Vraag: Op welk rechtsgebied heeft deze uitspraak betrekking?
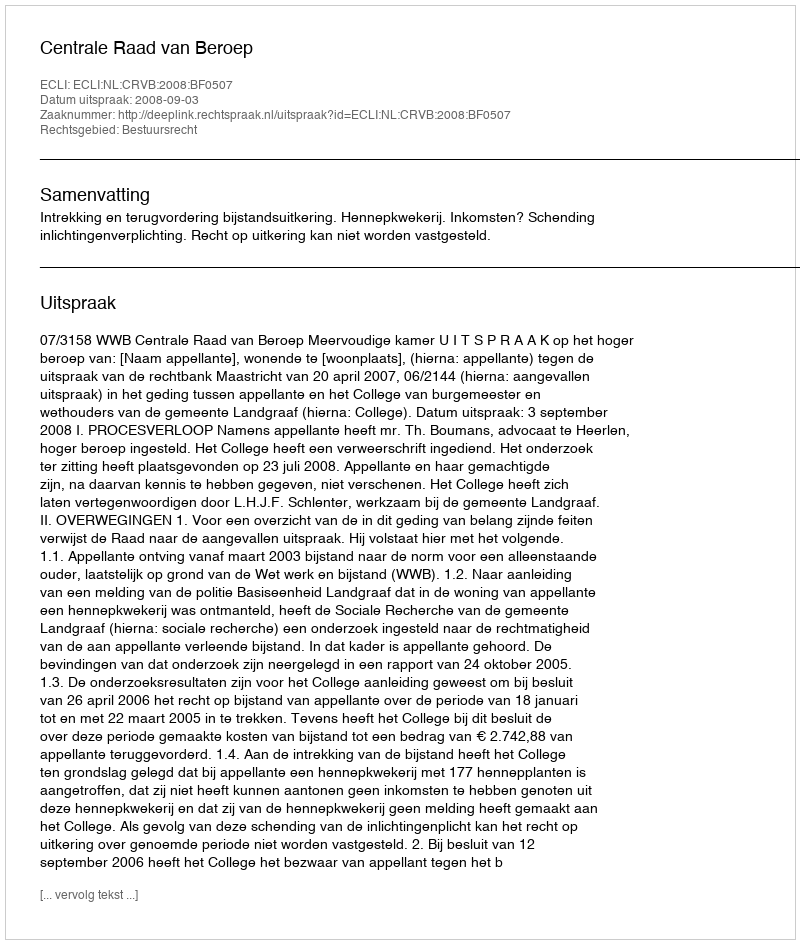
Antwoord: Bestuursrecht